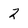
Character: 2